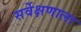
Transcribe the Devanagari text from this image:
सर्वेक्षणाला